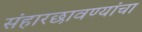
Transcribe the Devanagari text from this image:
संहारछावण्यांचा